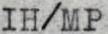
IH/MP